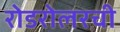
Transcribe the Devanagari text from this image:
रोडरोलरची